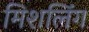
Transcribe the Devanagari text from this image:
मिशलिंग